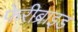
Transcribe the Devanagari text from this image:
फेरीब्राइड